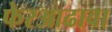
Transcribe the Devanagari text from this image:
फेरआढावा